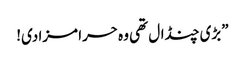
”بڑی چنڈال تھی وہ حرا مزا دی!